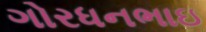
ગોરધનભાઇ